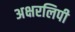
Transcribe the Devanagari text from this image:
अक्षरलिपी